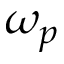
\omega _ { p }